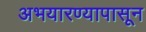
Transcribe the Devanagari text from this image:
अभयारण्यापासून